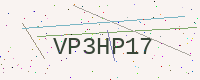
Text: VP3HP17